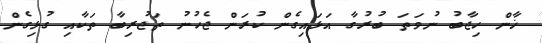
ޚާން ހިޖާބު ނުވަތަ ބުރުގާ އަޅައިގެން ކުރަން ޖެހުނު ތަޖުރިބާ ތަކާއި ގުޅިގެން